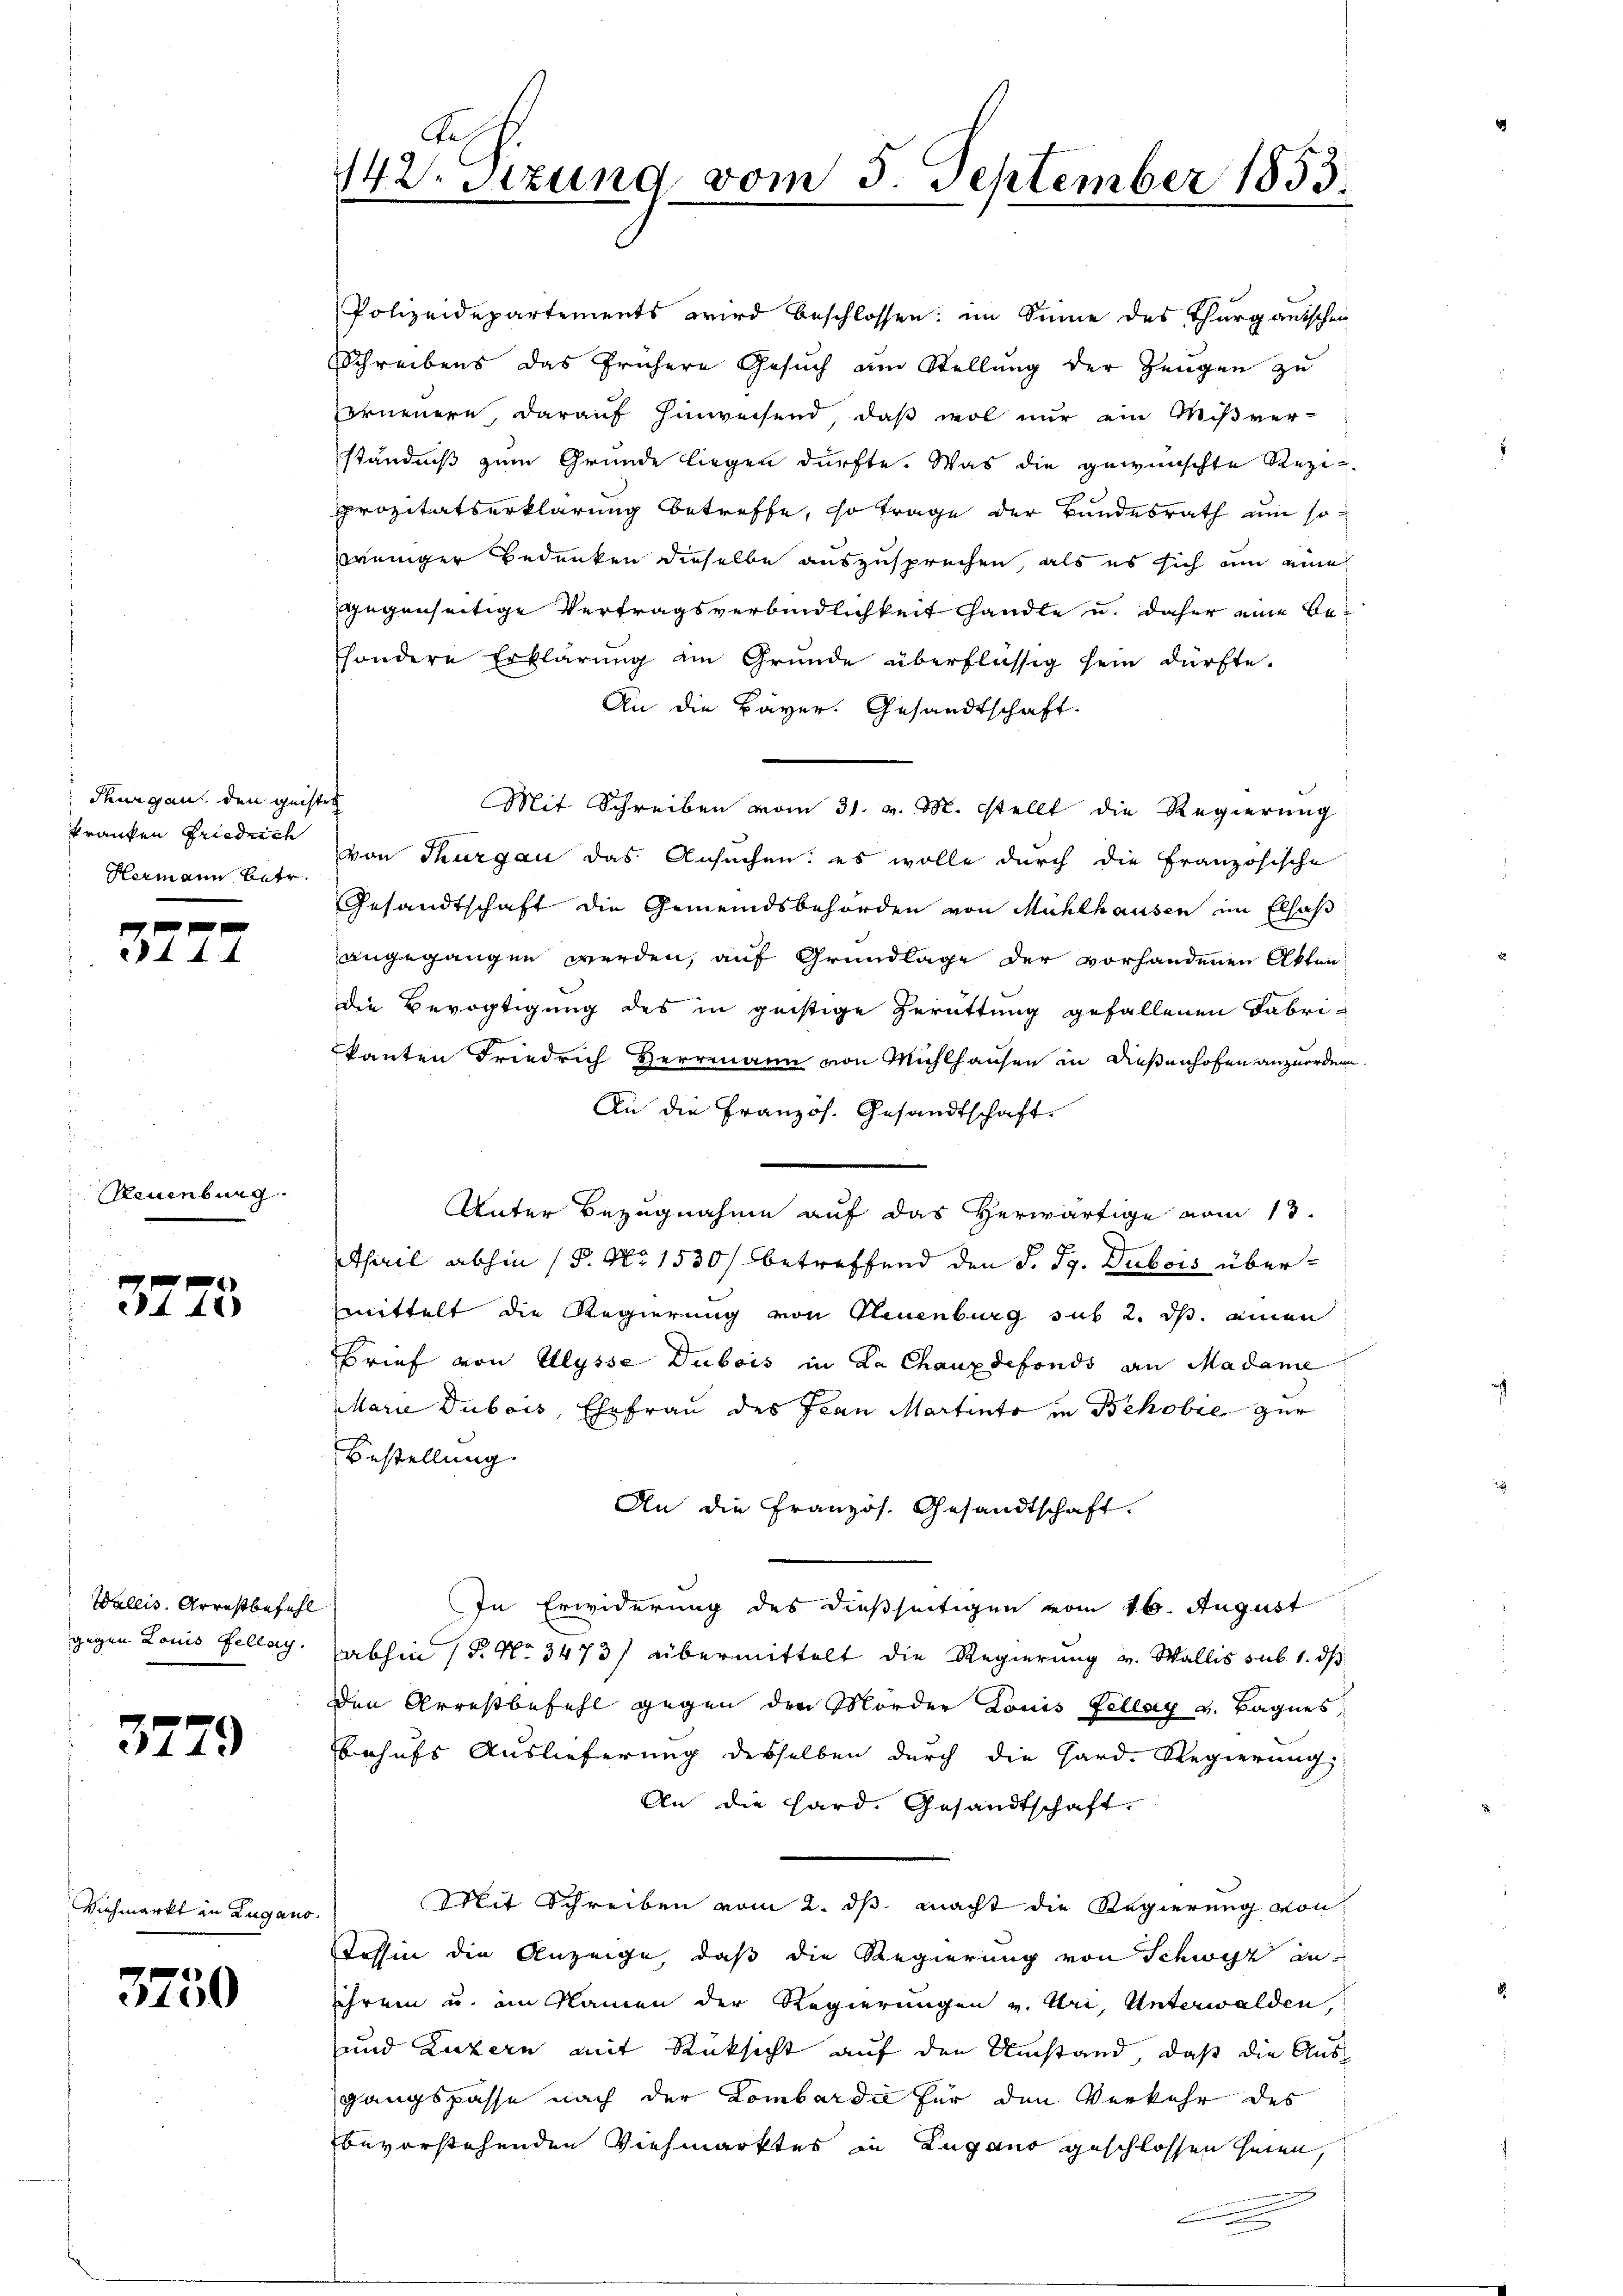
Thurgau den geistet
kranken Friedrich
Hermann Betr.

0 f 0 x
44

Reuenburg

x
448

Wallis. Arrestbefehl
gegen Louis Fellag.

3779

Viehmarkt in Zugano.

3750

e

e
442. Sitzung vom 5. September 1853.

Polizeidepartements wird beschlossen: im Sinne des Thurgauischen
Schreibens das frühere Gesuch am Stellung der Zeugen zu
erneuern, darauf hinweisend, daß wol nur ein Mißver-
ständniß zum Grunde liegen dürfte. Was die gewünschte Reziprozitätserklärung betreffe, so trage der Bundesrath um so
weniger Bedenken dieselbe auszusprechen, als es sich um eine
gegenseitige Vertragsverbindlichkeit handte u. daher eine Besondere Erklärung am Gründe überflüssig sein dürfte.
An die Bayer. Gesandtschaft.
Mit Schreiben vom 31. v. M. stellt die Regierung
von Thurgau das Ansuchen: es wolle durch die Französische
Gesandtschaft die Gemeindsbehörden von Mühlhausen im Elsaß
angegangen werden, auf Grundlage der vorhandenen Akten
die Bevogtigung des in geistige Zerüttung gefallenen Fabrikanten Friedrich Herrmann von Mühlhausen in dießenhofen anzuordnen.
An die Französ. Gesandtschaft.
Unter Bezugnahme auf das Herwärtige vom 13.
.
E
April abhin (§. No 1530/ betreffend den S. Ig. Dubois übermittelt die Regierung von Neuenburg sub 2. ds. einen
Brief von Ulysse Dubois in La Chauxdefonds an Madame
Marie Dubois, Ehefrau des Ivan Martinto in Bekobie zur
Bestellung
An die Französ. Gesandtschaft.
In Erwiderung des dießseitigen vom 16. August
abhin (§. No 3473/ übermittelt die Regierung v. Wallis sub. 1. ds
den Arrestbefehl gegen den Morder Louis Fellay v. Bagnes,
Behufs Auslieferung derselben durch die Hard. Regierung,
An die Hard. Gesandtschaft.
Mit Schreiben vom 2. ds. macht die Regierung von
Stossin die Anzeige, daß die Regierung von Schwyz anihrem u. im Namen der Regierungen v. Uri, Unterwalden,
und Luzern mit Rücksicht auf den Umstand, daß die Ausgangspasse nach der Lombardii für den Verkehr des
bevorstehenden Viehmarktes in Lugano geschlossen heien,